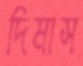
দিমাস